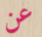
عن